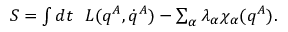
\begin{array} { r } { S = \int d t ~ ~ L ( q ^ { A } , \dot { q } ^ { A } ) - \sum _ { \alpha } \lambda _ { \alpha } \chi _ { \alpha } ( q ^ { A } ) . } \end{array}